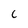
Character: C